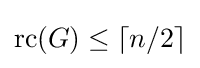
{\text{rc}}(G)\leq \lceil n/2\rceil